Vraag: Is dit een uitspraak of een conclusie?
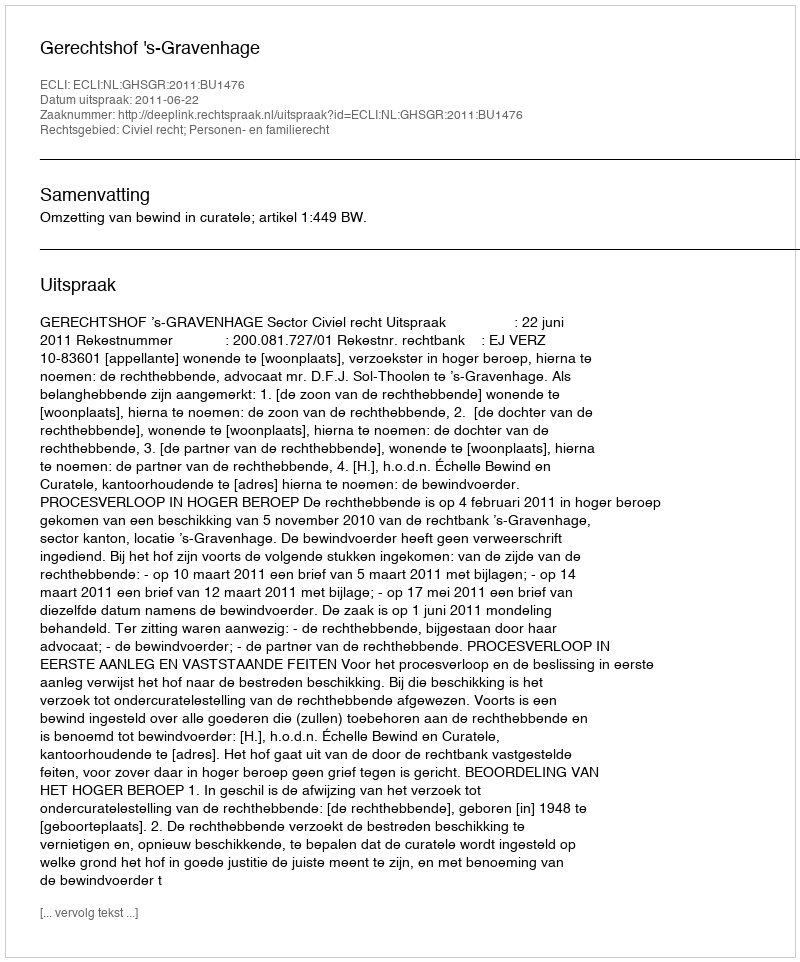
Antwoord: Uitspraak